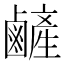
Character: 𪉺